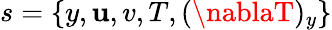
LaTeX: s=\{ y,\mathbf{u},v,T,(\nablaT)_{y}\}